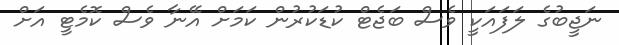
ނަޖީބުގެ ލަފައަކީ ވެސް ބަޖެޓް ކުޑަކުރުން ކަމަށް އޭނާ ވެސް ކޮމެޓީ އަށް